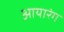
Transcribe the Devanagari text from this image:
आयारंग